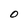
Character: O